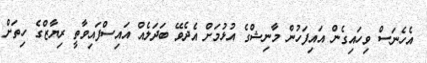
އެހެނަސް ވިހައިގެން އައިފަހުން މާނިޝްގެ އުޅުމަށް އެދެވޭ ބަދަލެއް އައިސްފައިވާތީ ރިޔާޒްގެ ހިތަށް